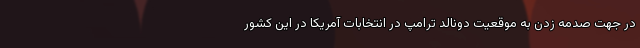
در جهت صدمه زدن به موقعیت دونالد ترامپ در انتخابات آمریکا در این کشور